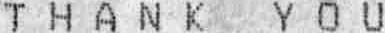
T H A N K  Y O U